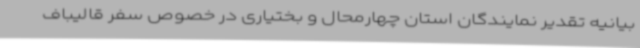
بیانیه تقدیر نمایندگان استان چهارمحال و بختیاری در خصوص سفر قالیباف